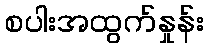
စပါးအထွက်နှုန်း